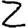
Digit: 2